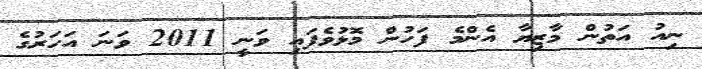
ނިއު އަތުން މާޒިޔާ އެންމެ ފަހުން މޮޅުވެފައި ވަނީ 2011 ވަނަ އަހަރުގެ